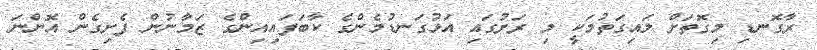
ރާގޮނޑި މިގޮތަށް ލައިގަތުމަކީ މި ރަށުގައި އަޅުގަނޑުމެންގެ ކާބަފައިއިންގެ ޒަމާނުން ފެށިގެން އޮންނަ